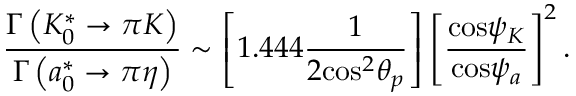
\frac { { \Gamma } \left( K _ { 0 } ^ { * } \rightarrow \pi K \right) } { { \Gamma } \left( a _ { 0 } ^ { * } \rightarrow \pi \eta \right) } \sim \left[ 1 . 4 4 4 \frac { 1 } { 2 \mathrm { { c o s } } ^ { 2 } { \theta } _ { p } } \right] \left[ { \frac { { \mathrm { c o s } } { \psi } _ { K } } { \mathrm { { c o s } } { \psi } _ { a } } } \right] ^ { 2 } .